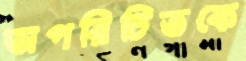
অপরিচিতকে